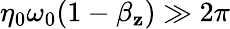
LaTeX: \eta_{0}\omega_{0}(1-\beta_{\mathbf{z}})\gg2\pi